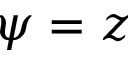
\psi = z